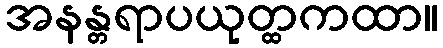
အနန္တရာပယုတ္ထကထာ။